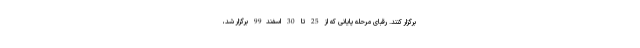
برگزار کنند. رقبای مرحله پایانی که از 25 تا 30 اسفند99 برگزار شد،